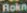
Rokn